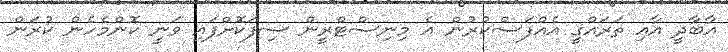
އާބާދީ އާއި ތަރައްގީ އެއްފަސްކުރުން އެ މިނިސްޓްރީން ސިފަކޮށްފައި ވަނީ ކޮންމެހެން ކުރަން